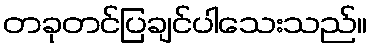
တခုတင်ပြချင်ပါသေးသည်။